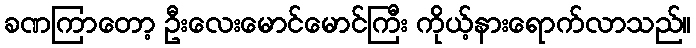
ခဏကြာတော့ ဦးလေးမောင်မောင်ကြီး ကိုယ့်နားရောက်လာသည်။